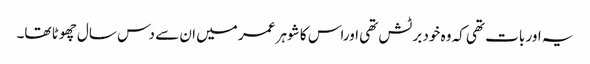
یہ اور بات تھی کہ وہ خود برٹش تھی اوراس کا شوہر عمر میں ان سے دس سال چھوٹا تھا۔